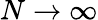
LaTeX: N\rightarrow\infty